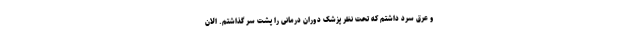
و عرق سرد داشتم که تحت نظر پزشک دوران درمانی را پشت سر گذاشتم. الان